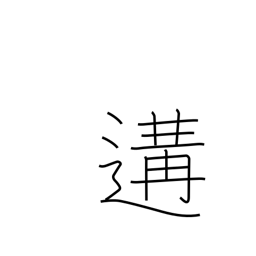
Meaning: meet